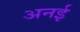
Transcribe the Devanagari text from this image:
अनई